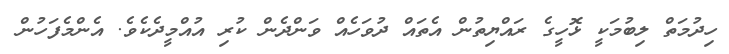
ހިދުމަތް ލިބުމަކީ ޅޮހީގެ ރައްޔިތުން އެތައް ދުވަހެއް ވަންދެން ކުރި އުއްމީދެކެވެ. އެންމެފަހުން